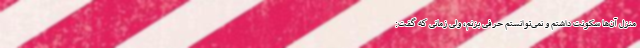
منزل آن‌ها سکونت داشتم و نمی‌توانستم حرفی بزنم، ولی زمانی که گفت: